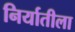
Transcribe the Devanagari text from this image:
निर्यातीला